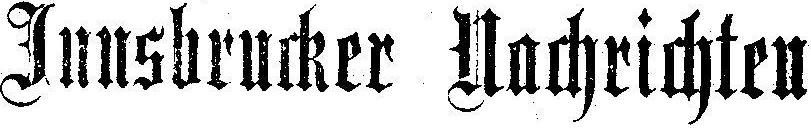
Innsbrucker Nachrichten